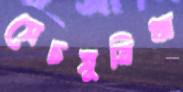
সেচসুবিধা